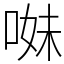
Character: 𠵈